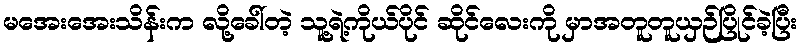
မအေးအေးသိန်းက လို့ခေါ်တဲ့ သူ့ရဲ့ကိုယ်ပိုင် ဆိုင်လေးကို မှာအတူတူယှဉ်ပြိုင်ခဲ့ပြီး